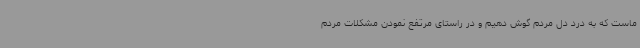
ماست که به درد دل مردم گوش دهیم و در راستای مرتفع نمودن مشکلات مردم